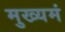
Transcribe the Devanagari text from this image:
मुख्यमं